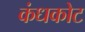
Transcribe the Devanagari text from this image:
कंधकोट